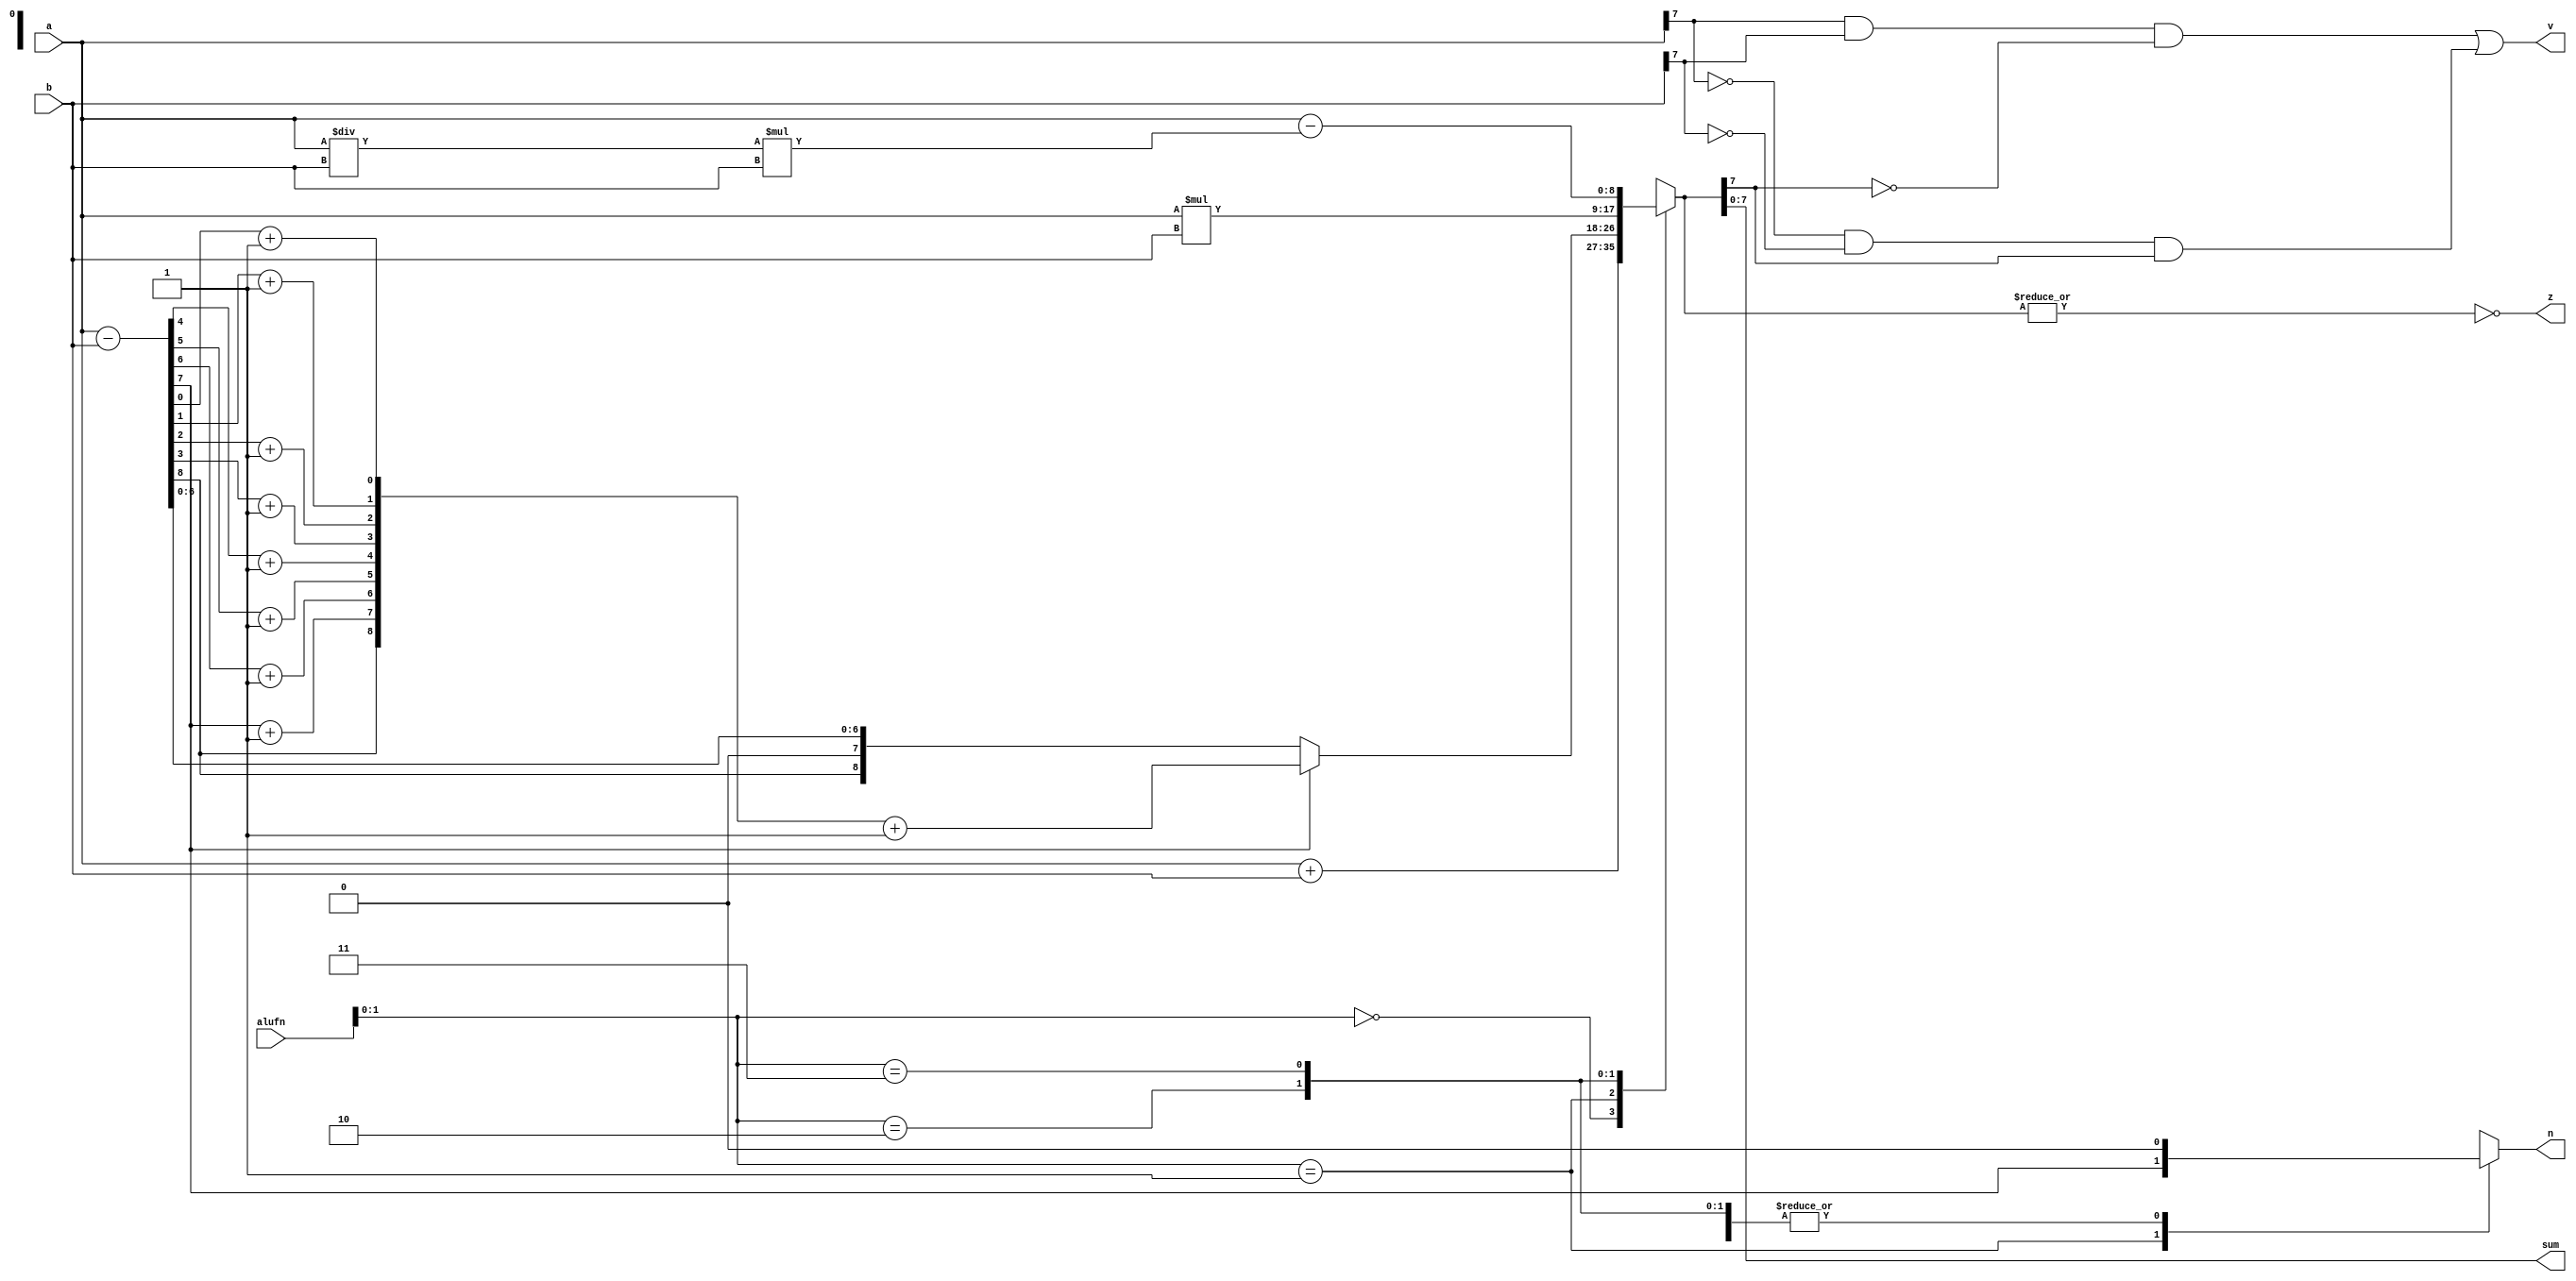
/*
   This file was generated automatically by the Mojo IDE version B1.3.6.
   Do not edit this file directly. Instead edit the original Lucid source.
   This is a temporary file and any changes made to it will be destroyed.
*/

module adder_8 (
    input [5:0] alufn,
    input [7:0] a,
    input [7:0] b,
    output reg [7:0] sum,
    output reg z,
    output reg v,
    output reg n
  );
  
  
  
  reg [8:0] sum1;
  
  integer i;
  
  always @* begin
    n = 1'h0;
    
    case (alufn[0+1-:2])
      2'h0: begin
        sum1 = a + b;
      end
      2'h1: begin
        sum1 = a - b;
        n = sum1[7+0-:1];
        if (sum1[7+0-:1] == 1'h1) begin
          for (i = 1'h0; i < 4'h8; i = i + 1) begin
            sum1[(i)*1+0-:1] = sum1[(i)*1+0-:1] + 1'h1;
          end
          sum1 = sum1 + 1'h1;
        end
      end
      2'h2: begin
        sum1 = a * b;
      end
      2'h3: begin
        sum1 = a - (a / b * b);
      end
      default: begin
        sum1 = a + b;
      end
    endcase
    sum = sum1[0+7-:8];
    z = (~|sum1);
    v = (a[7+0-:1] & b[7+0-:1] & (~sum1[7+0-:1])) | ((~a[7+0-:1]) & (~b[7+0-:1]) & sum1[7+0-:1]);
  end
endmodule